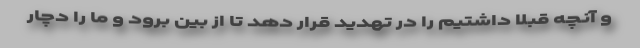
و آنچه قبلا داشتیم را در تهدید قرار دهد تا از بین برود و ما را دچار